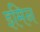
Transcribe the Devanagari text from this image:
इमिन